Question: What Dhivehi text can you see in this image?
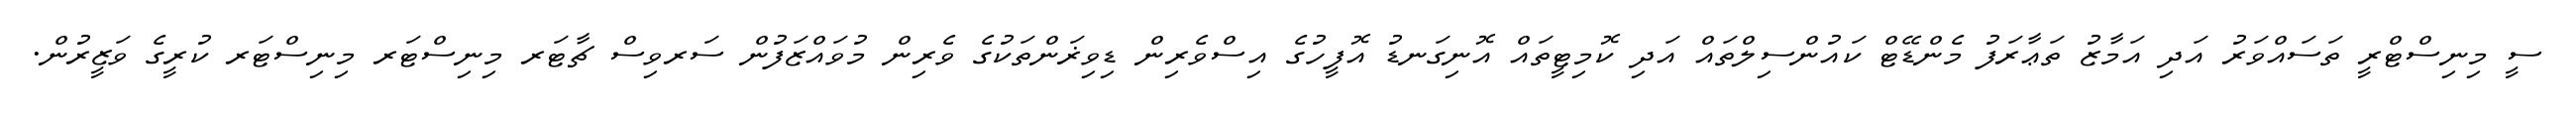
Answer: ސީ މިނިސްޓްރީ ތަސައްވަރު އަދި އަމާޒު ތަޢާރަފު މެންޑޭޓް ކައުންސިލްތައް އަދި ކޮމިޓީތައް އޮނިގަނޑު އޮފީހުގެ އިސްވެރިން ޑިވިޜަންތަކުގެ ވެރިން މުވައްޒަފުން ސަރވިސް ޗާޓަރ މިނިސްޓަރ މިނިސްޓަރ ކުރީގެ ވަޒީރުން.